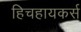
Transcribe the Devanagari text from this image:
हिचहायकर्स